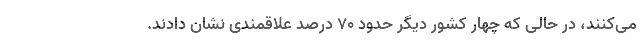
می‌کنند، در حالی که چهار کشور دیگر حدود ۷۰ درصد علاقمندی نشان دادند.